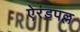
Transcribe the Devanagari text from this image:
ऐरंडपल्ल